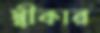
স্বীকার